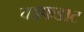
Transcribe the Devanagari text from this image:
चडफडाट